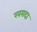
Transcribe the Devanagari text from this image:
खरादा